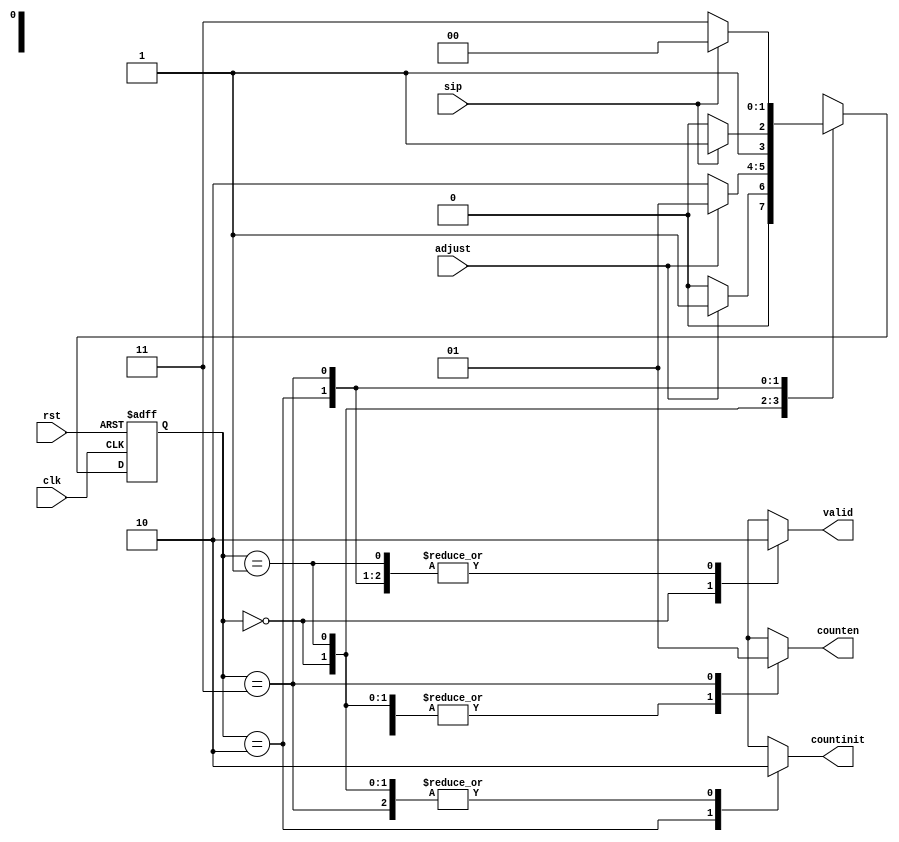
`timescale 1ns/1ns

module ctrl (input clk,rst,sip,adjust, output valid, counten, countinit);
    reg [1:0] ns,ps;
    parameter [1:0] idle = 0, start = 1, load = 2, count = 3;
    reg validR,countenR,countinitR;
    always @ (adjust,sip,ps) begin
    ns = 0;
	 validR = 0;
	 countenR = 0;
	 countinitR = 0;
        case (ps)
        idle: begin
            ns = adjust ? start: idle;
            validR = 1;
        end
        start: ns = adjust ? start : load;
        load: begin
            ns = sip ? count : load;
            countinitR = 1;
        end
        count: begin
            ns = sip ? idle : count;
            countenR = 1;
        end
        default: ns = idle;
		  endcase
    end
    always @(posedge clk, posedge rst) begin
        if (rst) ps <= idle;
        else ps <= ns;
    end
    assign valid = validR;
    assign counten = countenR;
    assign countinit = countinitR;
endmodule